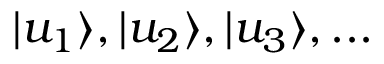
{ | u _ { 1 } \rangle , | u _ { 2 } \rangle , | u _ { 3 } \rangle , . . . }